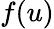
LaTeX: f(u)